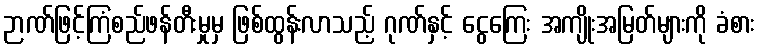
ဉာဏ်ဖြင့်ကြံစည်ဖန်တီးမှုမှ ဖြစ်ထွန်းလာသည့် ဂုဏ်နှင့် ငွေကြေး အကျိုးအမြတ်များကို ခံစား